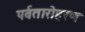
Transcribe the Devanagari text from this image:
पर्वतारोहरण